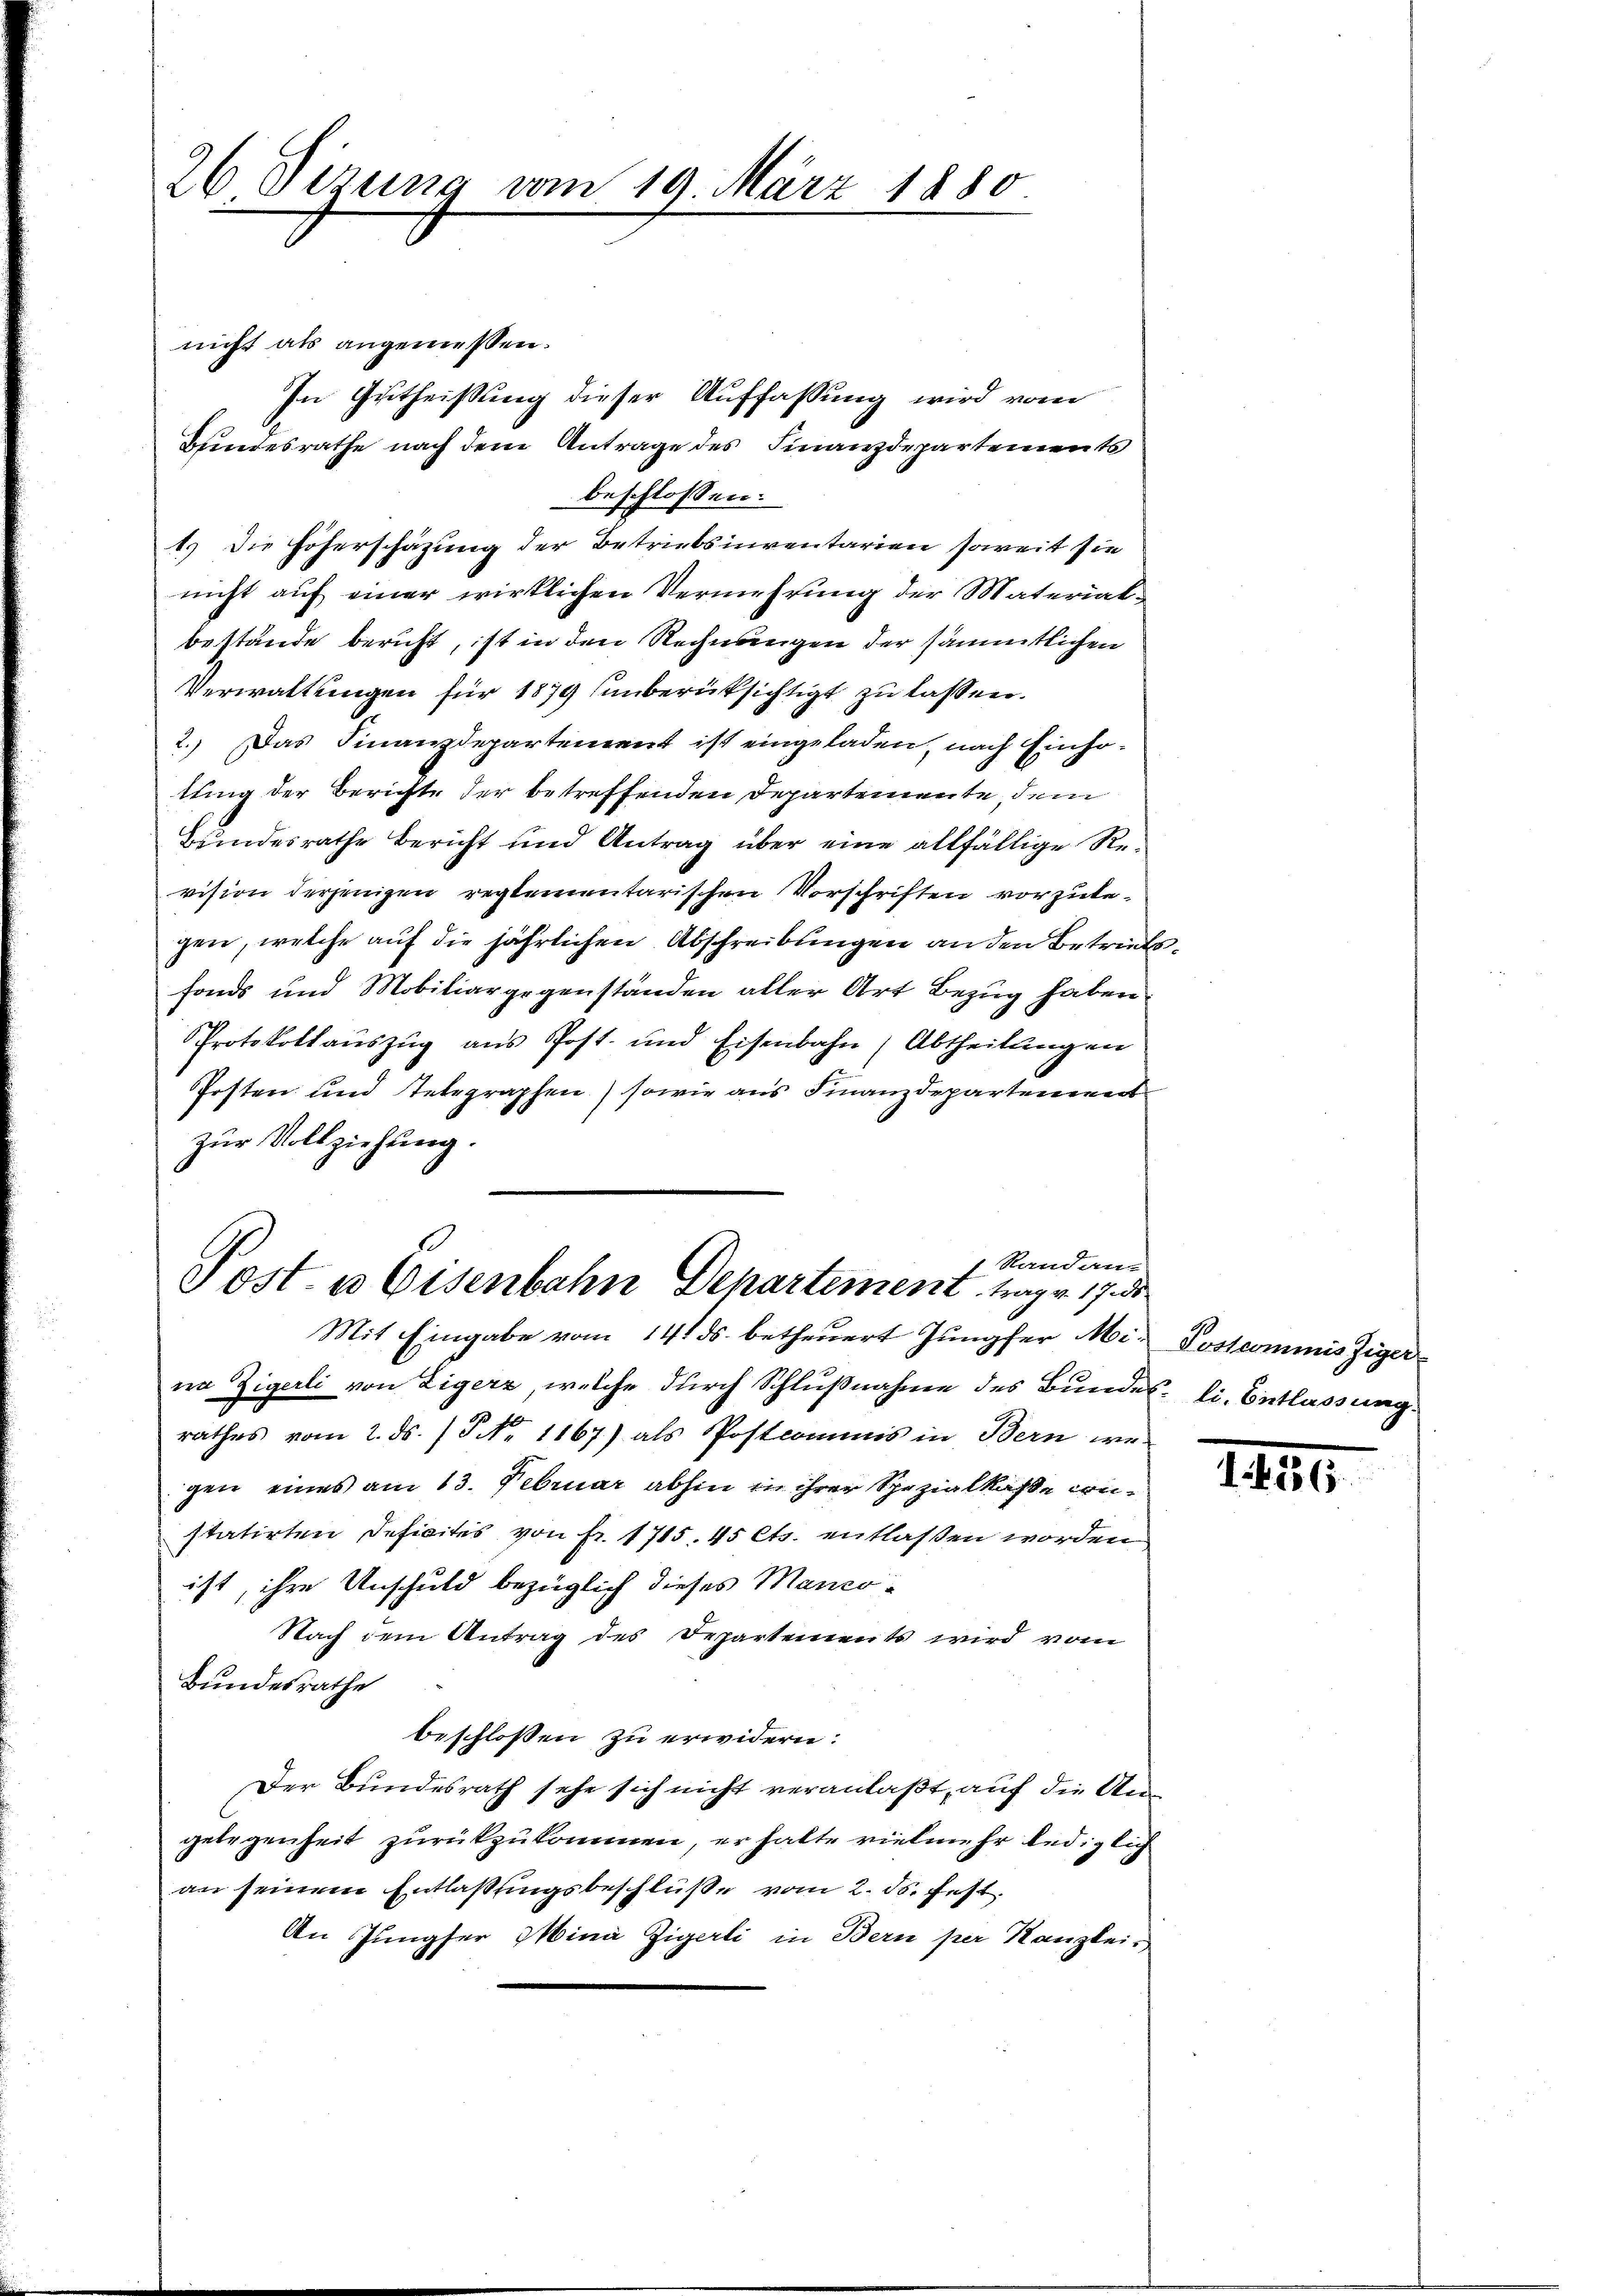
26 Sezung vom 19. März 1880

nicht als angemessen.
In Gutheißung dieser Auffassung wird vom
Bundesrathe nach dem Antrage des Finanzdepartements
beschlossen:
1.) Die Höherschazung der Betriebsinventarien soweit sie
nicht auf einer wirklichen Vermehrung der Materiatbestände beruht, ist in den Rechnungen der sämmtlichen
Verwaltungen für 1879 unberüksichtigt zu lassen.
2.) Das Finanzdepartement ist eingeladen, nach Einsotung der Berichte der betreffenden Departemente, dem
Bundesrathe Bericht und Antrag über eine allfällige Revision derjenigen reglementarischen Vorschriften vorzulegen, welche auf die jährlichen Abschreibungen an den Betriebsfonds und Mobiliargegenständen aller Art Bezug haben.
Protokollauszug aus Post- und Eisenbahn (Abtheilungen
Posten und Telegraphen) sowie aus Finanzdepartement
zur Vollziehung.

7 Randan-
Post- u Eisenbahn Departement trage 17 de
Mit Eingabe vom 14. ds. betheuert Jungfer Mi-Postcommis Ziger¬

na Zigerli von Zigerz, welche durch Schlußnahme des Bundes: li. Entlassung
rathes vom 2. ds. /5 No 1167) als Postcommis in Bern we-
gen eines am 13. Februar abhin in ihrer Spezialkasse constatirten Deficites von fr. 1715. 45 Cts. entlassen worden
ist, ihre Unschuld bezüglich dieses Manco-
Nach dem Antrag des Departements wird vom
Bundesrathe
beschlossen zu erwidern:
Der Bundesrath sehe sich nicht veranlaßt, auf die Angelegenheit zurückzukommen, er halte vielmehr lediglich
an seinem Entlaßungsbeschlüße vom 2. ds. fest.
An Jüngster Minie Zigerli in Bern per Kanzlei-

III.